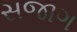
સજાગ